Annual report of the Central Committee of the Association together with the report of the directors of the Pasteur Institute at Kasauli
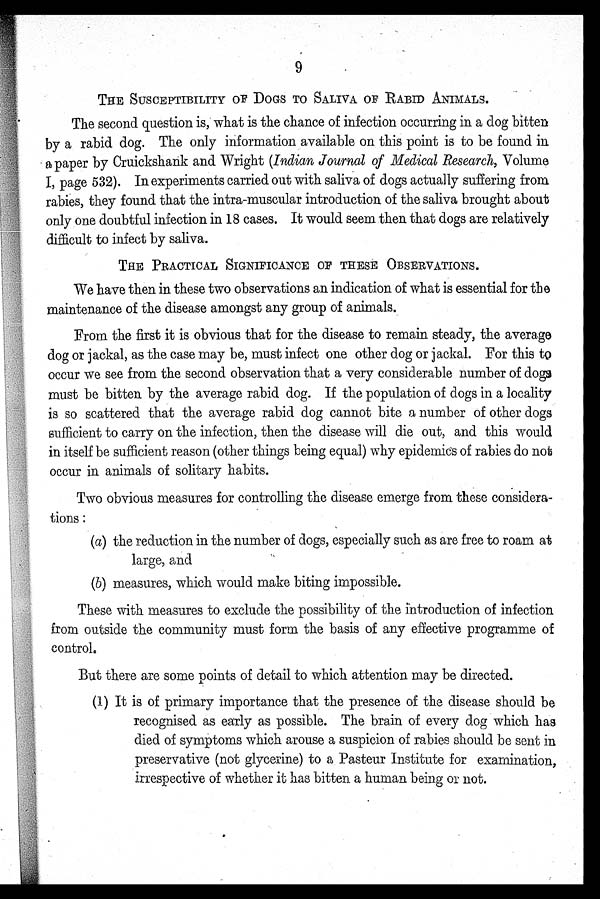
9
THE SUSCEPTIBILITY OF DOGS TO SALIVA OF RABID ANIMALS.
The second question is, what is the chance of infection occurring in a dog bitten
by a rabid dog. The only information available on this point is to be found in
a paper by Cruickshank and Wright (Indian Journal of Medical Research, Volume
I, page 532). In experiments carried out with saliva of dogs actually suffering from
rabies, they found that the intra-muscular introduction of the saliva brought about
only one doubtful infection in 18 cases. It would seem then that dogs are relatively
difficult to infect by saliva.
THE PRACTICAL SIGNIFICANCE OF THESE OBSERVATIONS.
We have then in these two observations an indication of what is essential for the
maintenance of the disease amongst any group of animals.
From the first it is obvious that for the disease to remain steady, the average
dog or jackal, as the case may be, must infect one other dog or jackal. For this t
o
occur we see from the second observation that a very considerable number of dogs
must be bitten by the average rabid dog. If the population of dogs in a locality
is so scattered that the average rabid dog cannot bite a number of other dogs
sufficient to carry on the infection, then the disease will die out, and this would
in itself be sufficient reason (other things being equal) why epidemics of rabies do not
occur in animals of solitary habits.
Two obvious measures for controlling the disease emerge from these considera
-
tions :
(a) the reduction in the number of dogs, especially such as are free to roam at
large, and
(b) measures, which would make biting impossible.
These with measures to exclude the possibility of the introduction of infection
from outside the community must form the basis of any effective programme of
control.
But there are some points of detail to which attention may be directed.
(1) It is of primary importance that the presence of the disease should be
recognised as early as possible. The brain of every dog which has
died of symptoms which arouse a suspicion of rabies should be sent in
preservative (not glycerine) to a Pasteur Institute for examination,
irrespective of whether it has bitten a human being or not.